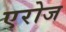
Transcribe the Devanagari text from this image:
एरोज